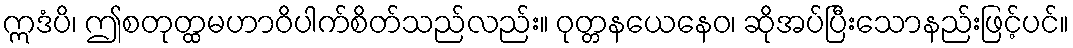
ဣဒံပိ၊ ဤစတုတ္ထမဟာဝိပါက်စိတ်သည်လည်း။ ဝုတ္တနယေနေဝ၊ ဆိုအပ်ပြီးသောနည်းဖြင့်ပင်။